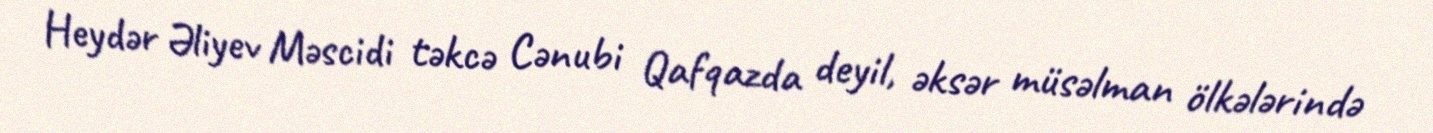
Heydər Əliyev Məscidi təkcə Cənubi Qafqazda deyil, əksər müsəlman ölkələrində